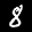
Label: 8